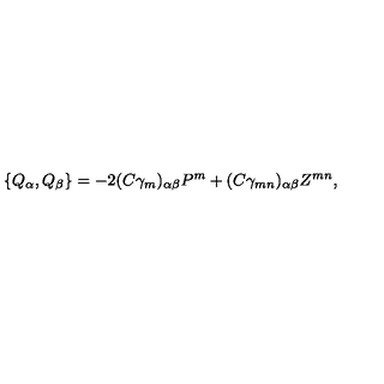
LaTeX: \{ Q _ { \alpha } , Q _ { \beta } \} = - 2 ( C \gamma _ { m } ) _ { \alpha \beta } P ^ { m } + ( C \gamma _ { m n } ) _ { \alpha \beta } Z ^ { m n } ,